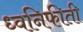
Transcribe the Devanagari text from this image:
ध्वनिफीती